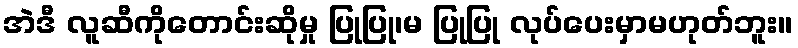
အဲဒီ လူဆီကိုတောင်းဆိုမှု ပြုပြု၊မ ပြုပြု လုပ်ပေးမှာမဟုတ်ဘူး။